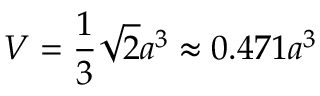
V = { \frac { 1 } { 3 } } { \sqrt { 2 } } a ^ { 3 } \approx 0 . 4 7 1 a ^ { 3 }